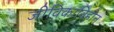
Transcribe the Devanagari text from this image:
जीविकाविहीन